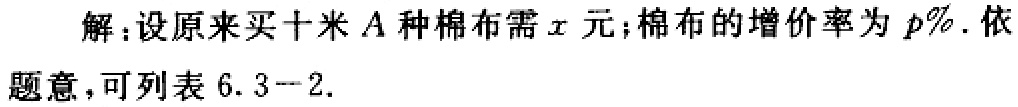
解：设原来买十米\(A\)种棉布需\(x\)元；棉布的增价率为\(p\%\). 依题意，可列表\(6.3 - 2\).